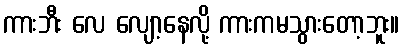
ကားဘီး လေ လျော့နေလို့ ကားကမသွားတော့ဘူး။